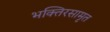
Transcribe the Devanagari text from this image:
भक्तिरसामृत